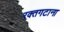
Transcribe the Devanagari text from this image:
रक्तगटाना